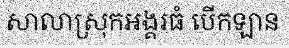
សាលាស្រុកអង្គរធំ បើកឡាន